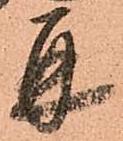
并